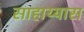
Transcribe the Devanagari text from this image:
साहाय्यास